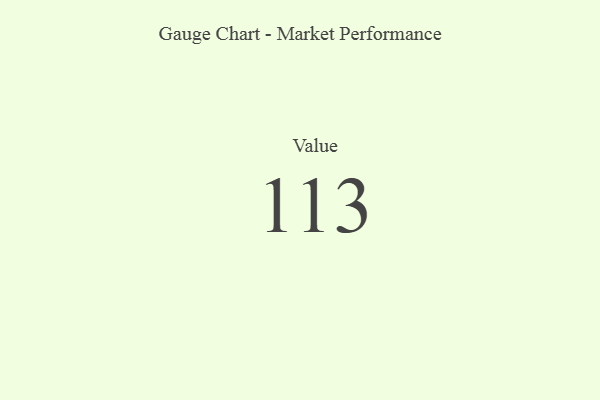
{"axis": {"x": "Metric", "y": "Value"}, "legend": [""], "data": [{"x": "Value", "y": 113, "type": ""}]}